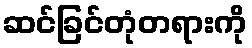
ဆင်ခြင်တုံတရားကို